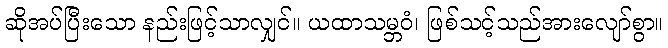
ဆိုအပ်ပြီးသော နည်းဖြင့်သာလျှင်။ ယထာသမ္ဘဝံ၊ ဖြစ်သင့်သည်အားလျော်စွာ။